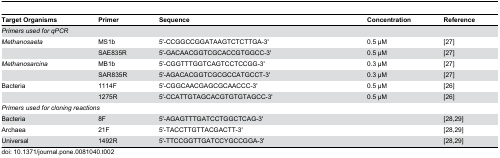
| Target Organisms | Primer | Sequence | Concentration | Reference |
 | --- | --- | --- | --- | --- |
 | <COLSPAN=5> Primers used for qPCR |
 | Methanosaeta | MS1b | 5'-CCGGCCGGATAAGTCTCTTGA-3' | 0.5 μM | [27] |
 |  | SAE835R | 5'-GACAACGGTCGCACCGTGGCC-3' | 0.5 μM | [27] |
 | Methanosarcina | MB1b | 5'-CGGTTTGGTCAGTCCTCCGG-3' | 0.3 μM | [27] |
 |  | SAR835R | 5'-AGACACGGTCGCGCCATGCCT-3' | 0.3 μM | [27] |
 | Bacteria | 1114F | 5'-CGGCAACGAGCGCAACCC-3' | 0.5 μM | [26] |
 |  | 1275R | 5'-CCATTGTAGCACGTGTGTAGCC-3' | 0.5 μM | [26] |
 | <COLSPAN=5> Primers used for cloning reactions |
 | Bacteria | 8F | 5'-AGAGTTTGATCCTGGCTCAG-3' |  | [28,29] |
 | Archaea | 21F | 5'-TACCTTGTTACGACTT-3' |  | [28,29] |
 | Universal | 1492R | 5'-TTCCGGTTGATCCYGCCGGA-3' |  | [28,29] |